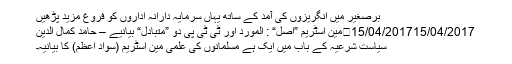
برصغیر میں انگریزوں کی آمد کے ساتھ یہاں سرمایہ دارانہ اداروں کو فروغ مزید پڑھیں
15/04/201715/04/2017	مین اسٹریم ”اصل“ : المورد اور ٹی ٹی پی دو ”متبادل“ بیانیے – حامد کمال الدین
سیاستِ شرعیہ کے باب میں ایک ہے مسلمانوں کی علمی مین اسٹریم (سوادِ اعظم) کا بیانیہ۔